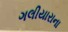
ગલીયારાના